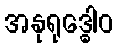
အနုရုဒ္ဓေါဝ